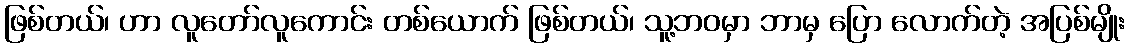
ဖြစ်တယ်၊ ဟာ လူတော်လူကောင်း တစ်ယောက် ဖြစ်တယ်၊ သူ့ဘဝမှာ ဘာမှ ပြော လောက်တဲ့ အပြစ်မျိုး